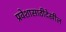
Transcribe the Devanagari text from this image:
प्रवेशासाठीदेखील